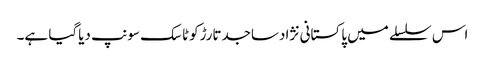
اس سلسلے میں پاکستانی نژادساجدتارڑکوٹاسک سونپ دیاگیا ہے۔